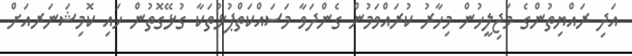
އަދި ރައްޔިތުންގެ މަޖިލީހުން މިހާރު ކުރައްވަމުން ގެންދަވާ މަސައްކަތްޕުޅުތަކާ ގުޅޭގޮތުން ހައި ކޮމިޝަނަރއަށް